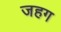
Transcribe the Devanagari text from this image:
जहग